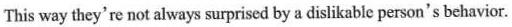
This way they're not always surprised by a dislikable person's behavior.